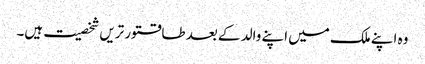
وہ اپنے ملک میں اپنے والد کے بعد طاقتور تریں شخصیت ہیں۔